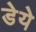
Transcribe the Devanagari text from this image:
डेये